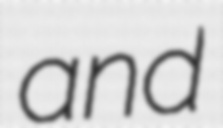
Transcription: and